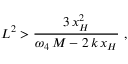
L ^ { 2 } > \frac { 3 \, x _ { H } ^ { 2 } } { \omega _ { 4 } \, M - 2 \, k \, x _ { H } } \, \, ,